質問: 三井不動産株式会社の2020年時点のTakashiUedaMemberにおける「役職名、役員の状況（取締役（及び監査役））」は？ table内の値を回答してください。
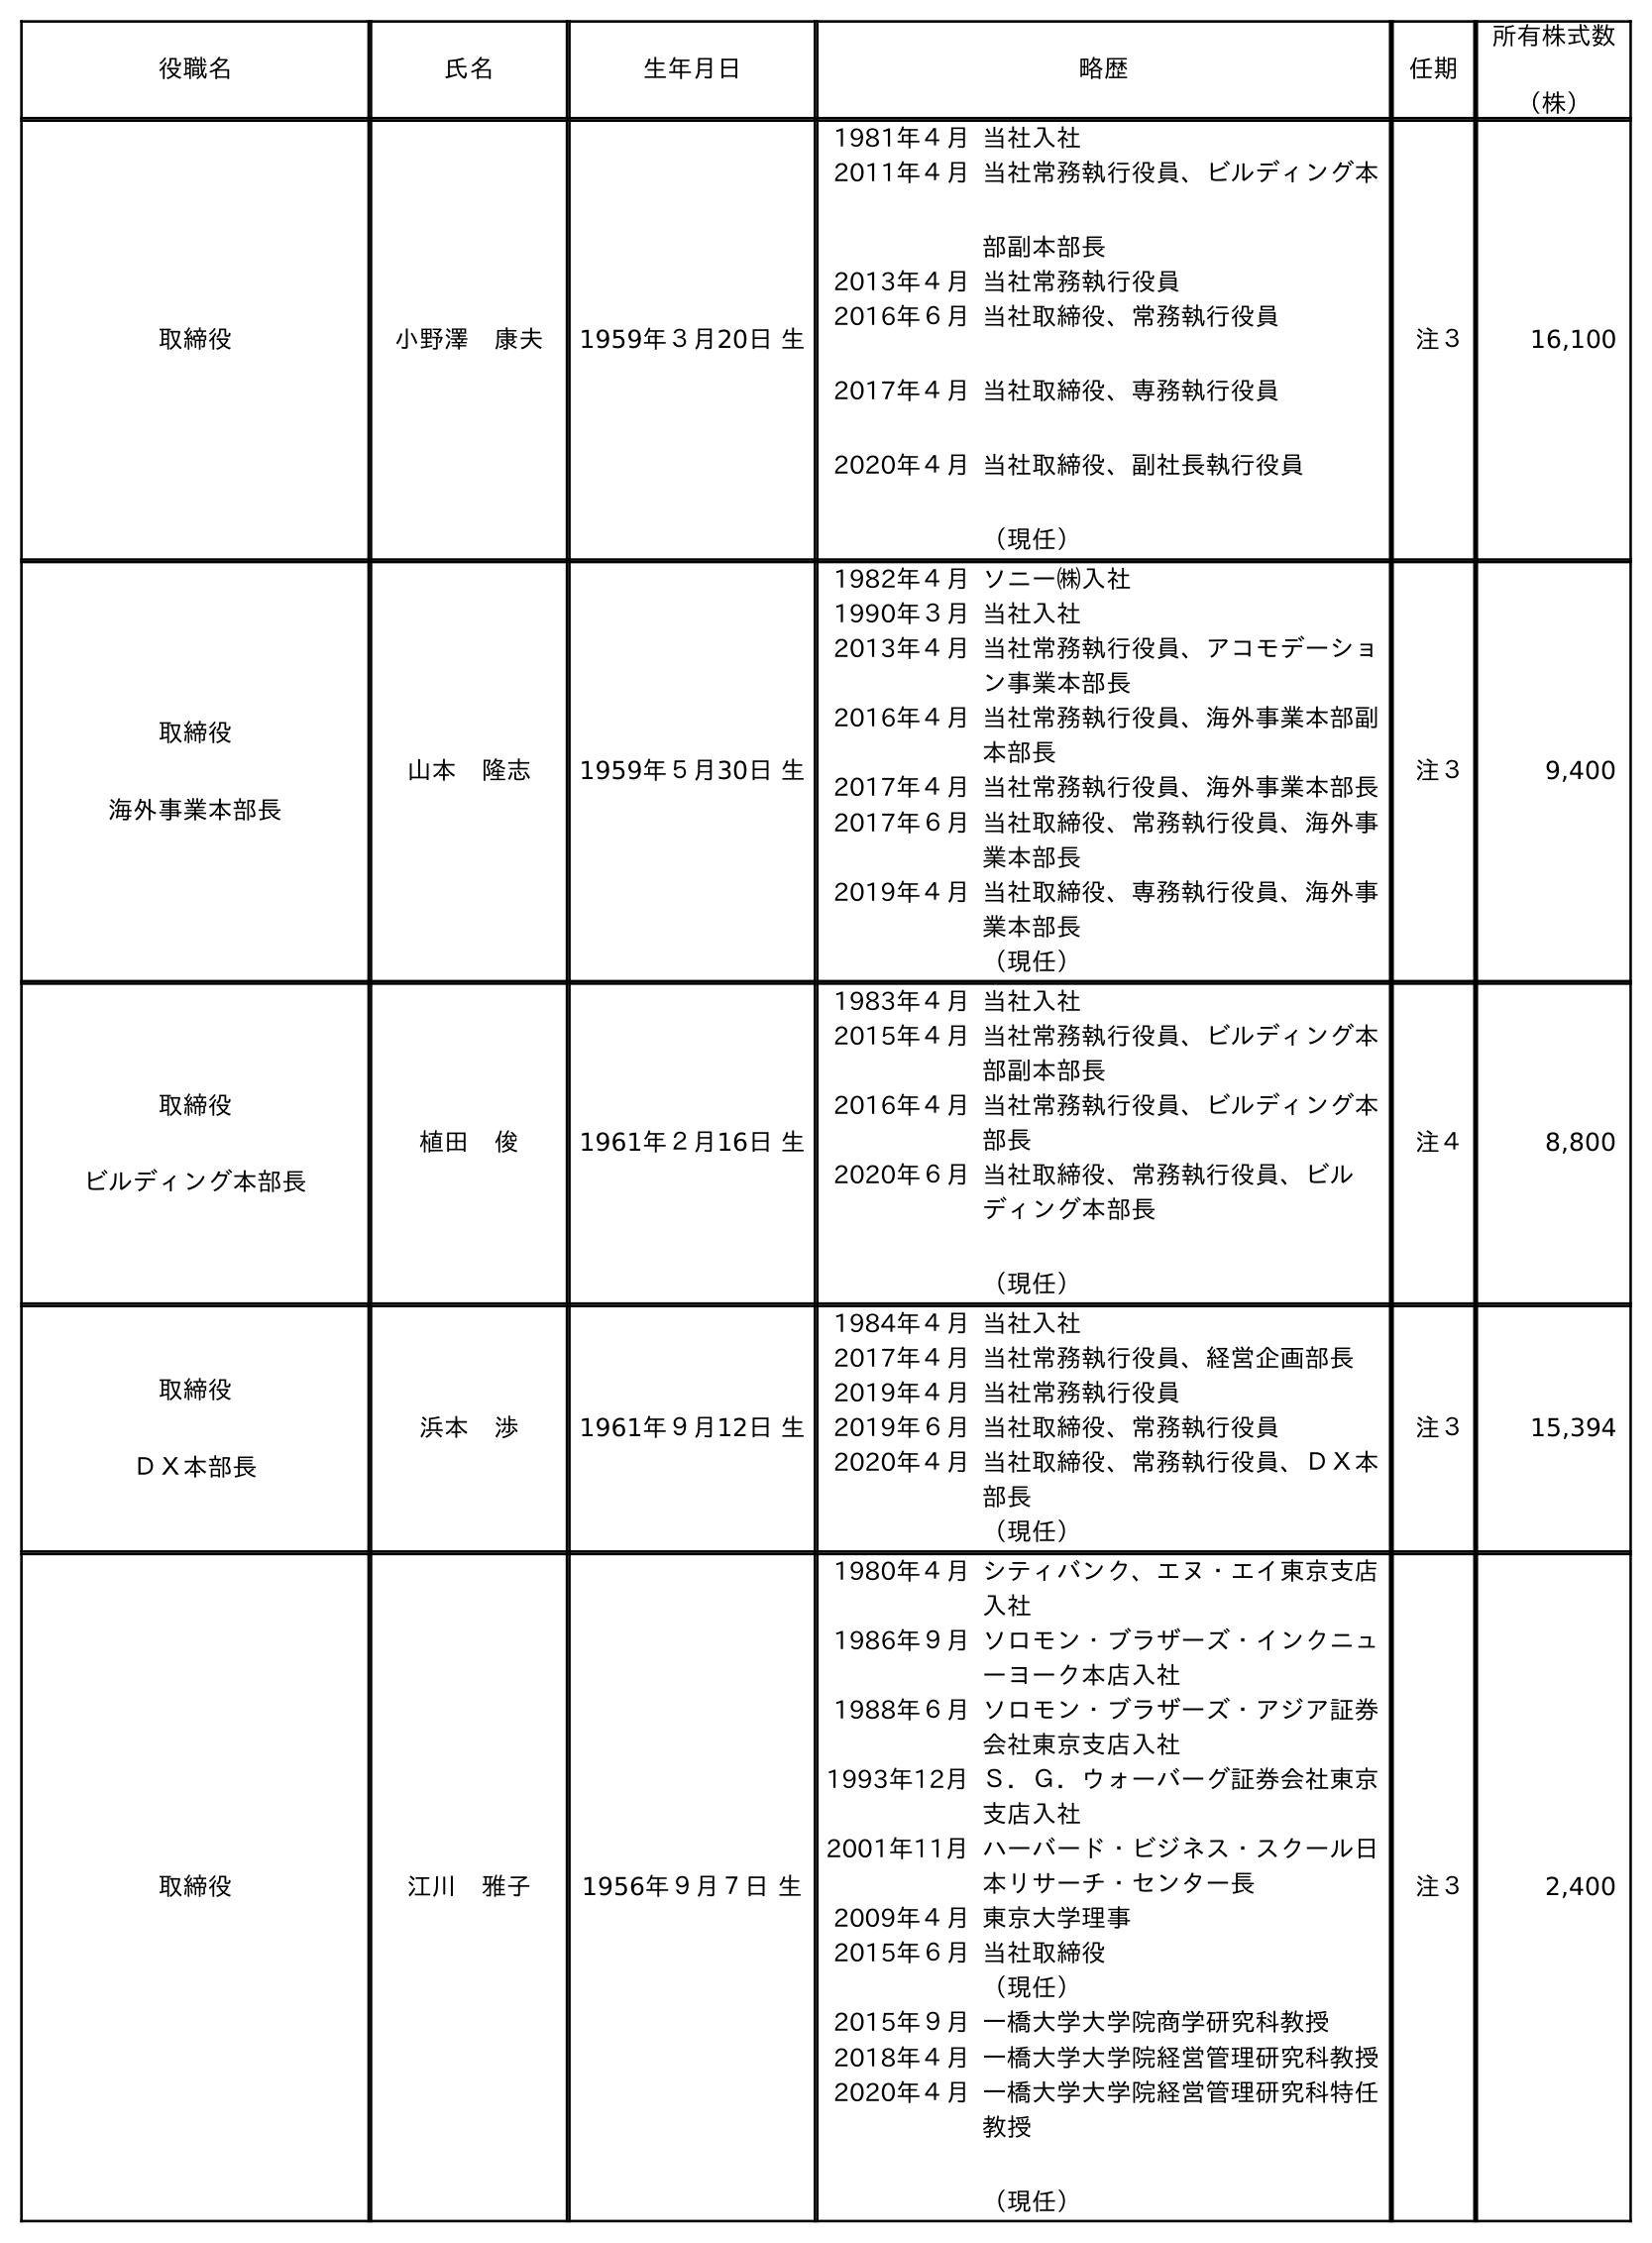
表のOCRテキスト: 役職名 氏名 生年月日 略歴 任期 所有株式数 （株） 取締役 小野澤 康夫 1959年３月20日 生 1981年４月当社入社 2011年４月当社常務執行役員、ビルディング本 部副本部長 2013年４月当社常務執行役員 2016年６月 2017年４月 2020年４月 当社取締役、常務執行役員 当社取締役、専務執行役員 当社取締役、副社長執行役員 （現任） 注３ 16,100 取締役 海外事業本部長 山本 隆志 1959年５月30日 生 1982年４月ソニー㈱入社 1990年３月当社入社 2013年４月当社常務執行役員、アコモデーショ ン事業本部長 2016年４月当社常務執行役員、海外事業本部副 本部長 2017年４月当社常務執行役員、海外事業本部長 2017年６月当社取締役、常務執行役員、海外事 業本部長 2019年４月当社取締役、専務執行役員、海外事 業本部長 （現任） 注３ 9,400 取締役 ビルディング本部長 植田 俊 1961年２月16日 生 1983年４月当社入社 2015年４月当社常務執行役員、ビルディング本 部副本部長 2016年４月当社常務執行役員、ビルディング本 部長 2020年６月当社取締役、常務執行役員、ビル ディング本部長 （現任） 注４ 8,800 取締役 ＤＸ本部長 浜本 渉 1961年９月12日 生 1984年４月当社入社 2017年４月当社常務執行役員、経営企画部長 2019年４月当社常務執行役員 2019年６月当社取締役、常務執行役員 2020年４月当社取締役、常務執行役員、ＤＸ本 部長 （現任） 注３ 15,394 取締役 江川 雅子 1956年９月７日 生 1980年４月シティバンク、エヌ・エイ東京支店 入社 1986年９月ソロモン・ブラザーズ・インクニュ ーヨーク本店入社 1988年６月ソロモン・ブラザーズ・アジア証券 会社東京支店入社 1993年12月Ｓ．Ｇ．ウォーバーグ証券会社東京 支店入社 2001年11月ハーバード・ビジネス・スクール日 本リサーチ・センター長 2009年４月東京大学理事 2015年６月当社取締役 （現任） 2015年９月一橋大学大学院商学研究科教授 2018年４月一橋大学大学院経営管理研究科教授 2020年４月一橋大学大学院経営管理研究科特任 教授 （現任） 注３ 2,400
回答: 取締役ビルディング本部長